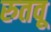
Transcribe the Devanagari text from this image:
रुतवू